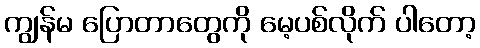
ကျွန်မ ပြောတာတွေကို မေ့ပစ်လိုက် ပါတော့